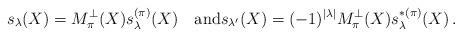
LaTeX: \begin{align*}s_\lambda(X) = M^\perp_\pi(X) s^{(\pi)}_\lambda(X) \quad\mbox{and}{s_{\lambda'}(X) = (-1)^{|\lambda|} {M}^\perp_\pi(X) s^{*(\pi)}_{\lambda}(X)}\,.\end{align*}